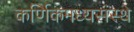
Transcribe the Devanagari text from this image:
कर्णिकमध्यसंस्थे